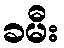
ခမီး